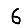
Digit: 6